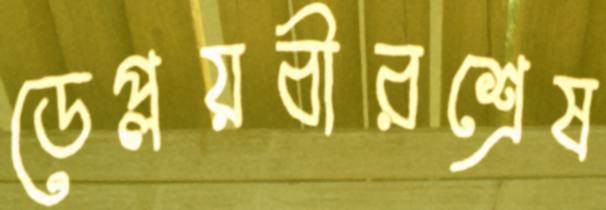
ডেপ্লয়বীরশ্রেষ